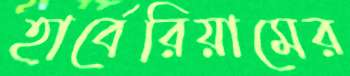
হার্বেরিয়ামের